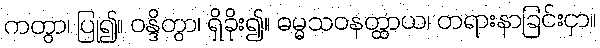
ကတွာ၊ ပြု၍။ ဝန္ဒိတွာ၊ ရှိခိုး၍။ ဓမ္မသဝနတ္ထာယ၊ တရားနာခြင်းငှာ။